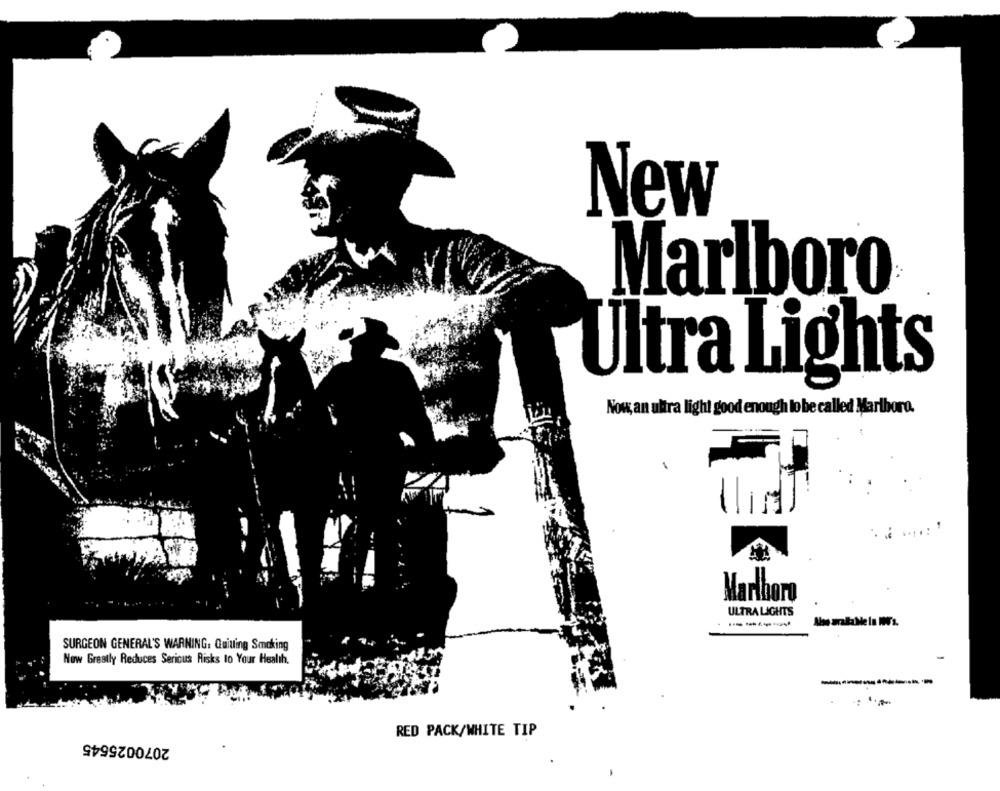
New
Marlboro
Ultra Lights
Now, an ultra light good enough to be called Marlboro.
Marlboro
ULTRA LIGHTS
SURGEON GENERAL'S WARNING. Quitting Smoking
Now Greatly Reduces Serious Risks lo Your Health.
2070025545
RED PACK/WHITE TIP